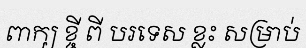
ពាក្យ ខ្ចី ពី បរទេស ខ្លះ សម្រាប់